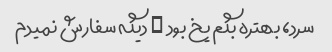
سرد، بهتره بگم یخ بود … دیگه سفارش نمیدم